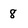
Character: 8